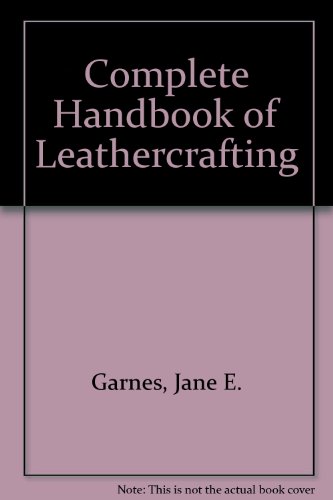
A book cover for The complete handbook of leathercrafting; Jane E Garnes; Crafts, Hobbies & Home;